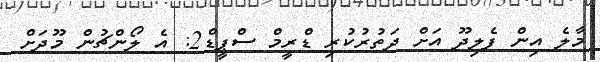
މާލެ އިން ފެލިދޫ އަށް ދަތުރުކުރި ޑްރީމް ސްޕީޑް2: އެ ލޯންޗުން މޫދަށް